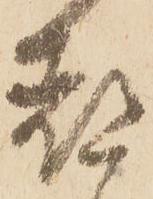
都